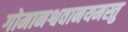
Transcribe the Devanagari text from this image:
गोमानश्ववानयमस्तु